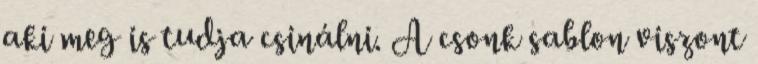
aki meg is tudja csinálni. A csonk sablon viszont